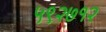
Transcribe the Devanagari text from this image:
५९२७१२